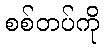
စစ်တပ်ကို